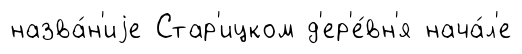
назва́н'иjе Стар'ицком д'ер'е́вн'я нача́л'е